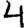
Digit: 4